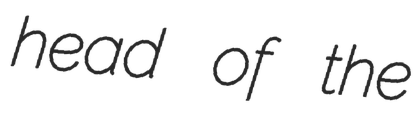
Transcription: head of the